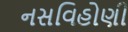
નસવિહોણી